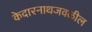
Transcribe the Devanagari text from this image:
केदारनाथजवळील